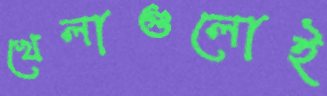
খেলাগুলোই